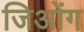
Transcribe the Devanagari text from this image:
जिओंग